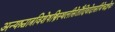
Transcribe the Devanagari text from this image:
अन्यश्चात्रविशेषस्त्रिस्थलीसेतौदिवोदासीयेचज्ञेयः